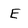
Character: E